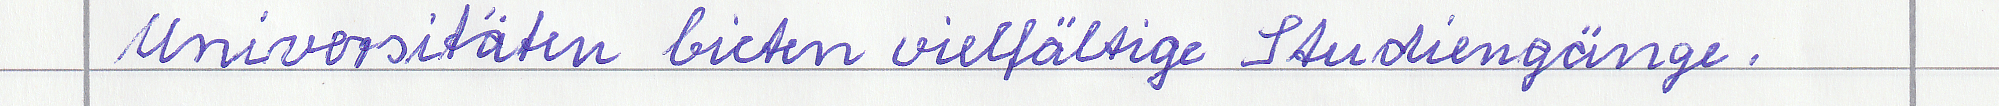
Universitäten bieten vielfältige Studiengänge.